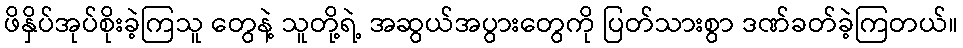
ဖိနှိပ်အုပ်စိုးခဲ့ကြသူ တွေနဲ့ သူတို့ရဲ့ အဆွယ်အပွားတွေကို ပြတ်သားစွာ ဒဏ်ခတ်ခဲ့ကြတယ်။